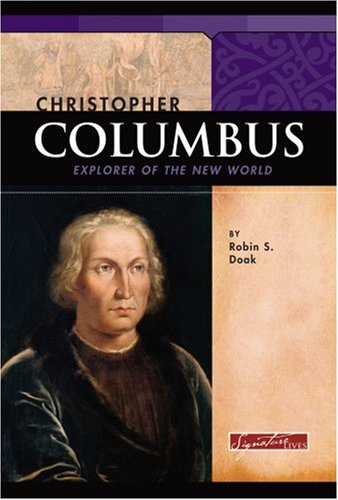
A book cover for Christopher Columbus: Explorer of the New World (Signature Lives); Robin S. Doak; Children's Books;